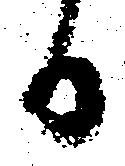
日